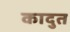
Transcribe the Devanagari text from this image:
कादुत